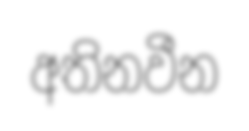
අතිනවීන